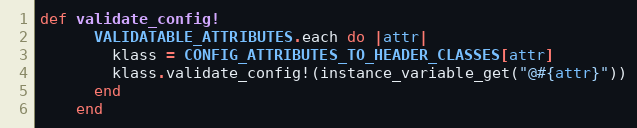
Language: Ruby
def validate_config!
      VALIDATABLE_ATTRIBUTES.each do |attr|
        klass = CONFIG_ATTRIBUTES_TO_HEADER_CLASSES[attr]
        klass.validate_config!(instance_variable_get("@#{attr}"))
      end
    end